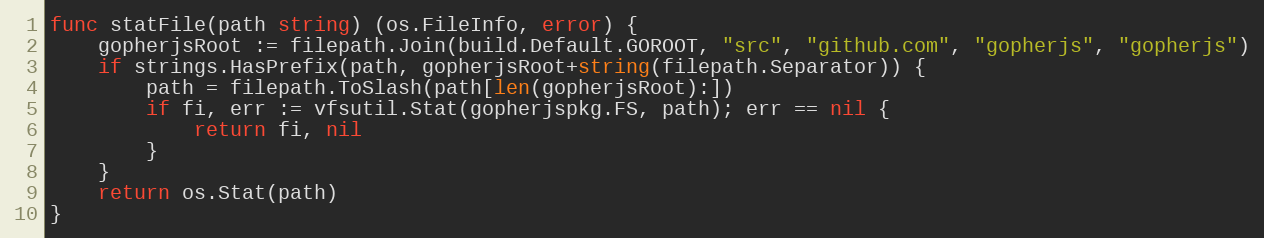
Language: Go
func statFile(path string) (os.FileInfo, error) {
	gopherjsRoot := filepath.Join(build.Default.GOROOT, "src", "github.com", "gopherjs", "gopherjs")
	if strings.HasPrefix(path, gopherjsRoot+string(filepath.Separator)) {
		path = filepath.ToSlash(path[len(gopherjsRoot):])
		if fi, err := vfsutil.Stat(gopherjspkg.FS, path); err == nil {
			return fi, nil
		}
	}
	return os.Stat(path)
}